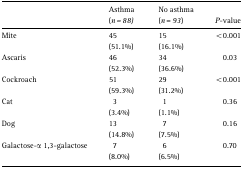
|  | Asthma (n=88) | No asthma (n=93) | P-value |
 | --- | --- | --- | --- |
 | Mite | 45 | 15 | <0.001 |
 |  | (51.1%) | (16.1%) |  |
 | Ascaris | 46 | 34 | 0.03 |
 |  | (52.3%) | (36.6%) |  |
 | Cockroach | 51 | 29 | <0.001 |
 |  | (59.3%) | (31.2%) |  |
 | Cat | 3 | 1 | 0.36 |
 |  | (3.4%) | (1.1%) |  |
 | Dog | 13 | 7 | 0.16 |
 |  | (14.8%) | (7.5%) |  |
 | Galactose-α 1,3-galactose | 7 | 6 | 0.70 |
 |  | (8.0%) | (6.5%) |  |